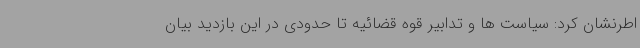
اطرنشان کرد: سیاست ها و تدابیر قوه قضائیه تا حدودی در این بازدید بیان